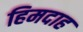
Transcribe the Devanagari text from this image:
हिमदाह